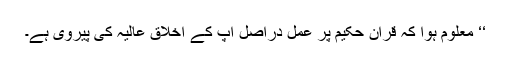
‘‘ معلوم ہوا کہ قرآن حکیم پر عمل دراصل آپ کے اخلاق عالیہ کی پیروی ہے۔